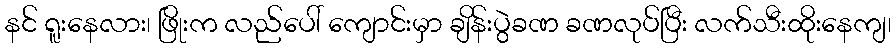
နင် ရူးနေလား၊ ဖြိုးက လည်ပေါ် ကျောင်းမှာ ချိန်းပွဲခဏ ခဏလုပ်ပြီး လက်သီးထိုးနေကျ၊